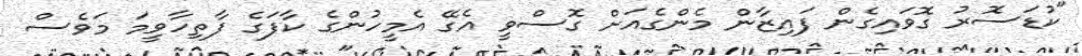
"ކުޑަސޮރު ގޮވައިގެން ފައިޒާން މެންގެއަށް ގޮސްވީ އެގޭ އެމީހުންގެ ކާފަގެ ފާތިހާވީމަ މަވެސް